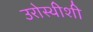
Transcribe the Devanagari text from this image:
उरोस्थीशी